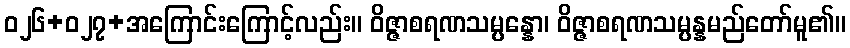
ဝ၂၆+၀၂၇+အကြောင်းကြောင့်လည်း။ ဝိဇ္ဇာစရဏသမ္ပန္နော၊ ဝိဇ္ဇာစရဏသမ္ပန္နမည်တော်မူ၏။